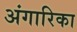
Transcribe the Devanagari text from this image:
अंगारिका